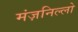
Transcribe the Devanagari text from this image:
मंज़निल्लो